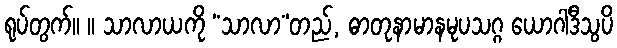
ရုပ်တွက်။ ။ သာလာယကို “သာလာ”တည်, ဓာတုနာမာနမုပသဂ္ဂ ယောဂါဒီသွပိ